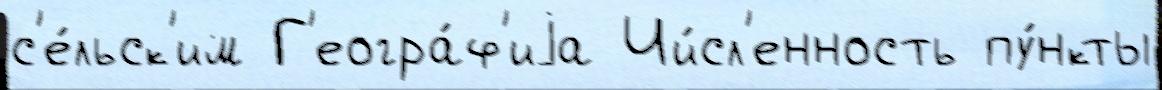
с'е́льск'им Г'еогра́ф'иjа Чи́сл'енность пу́нкты